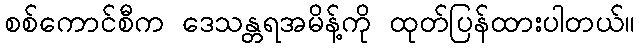
စစ်ကောင်စီက ဒေသန္တရအမိန့်ကို ထုတ်ပြန်ထားပါတယ်။